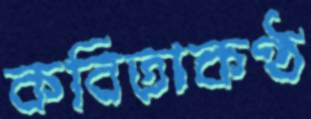
কবিতাকণ্ঠ